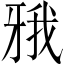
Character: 𤘋